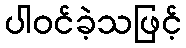
ပါဝင်ခဲ့သဖြင့်